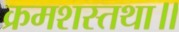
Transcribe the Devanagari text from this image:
क्रमशस्तथा॥